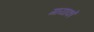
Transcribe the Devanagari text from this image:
गायाकों